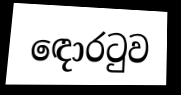
ඳොරටුව